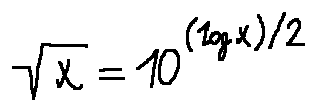
\sqrt { x } = 1 0 ^ { ( \log x ) / 2 }